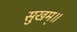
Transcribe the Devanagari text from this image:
सुखम्॥